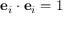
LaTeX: \mathbf { e } _ { i } \cdot \mathbf { e } _ { i } = 1